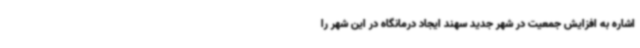
اشاره به افزایش جمعیت در شهر جدید سهند ایجاد درمانگاه در این شهر را